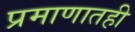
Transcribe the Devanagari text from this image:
प्रमाणातही